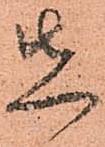
先